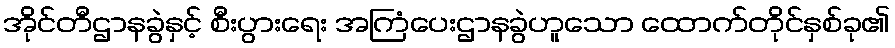
အိုင်တီဌာနခွဲနှင့် စီးပွားရေး အကြံပေးဌာနခွဲဟူသော ထောက်တိုင်နှစ်ခု၏